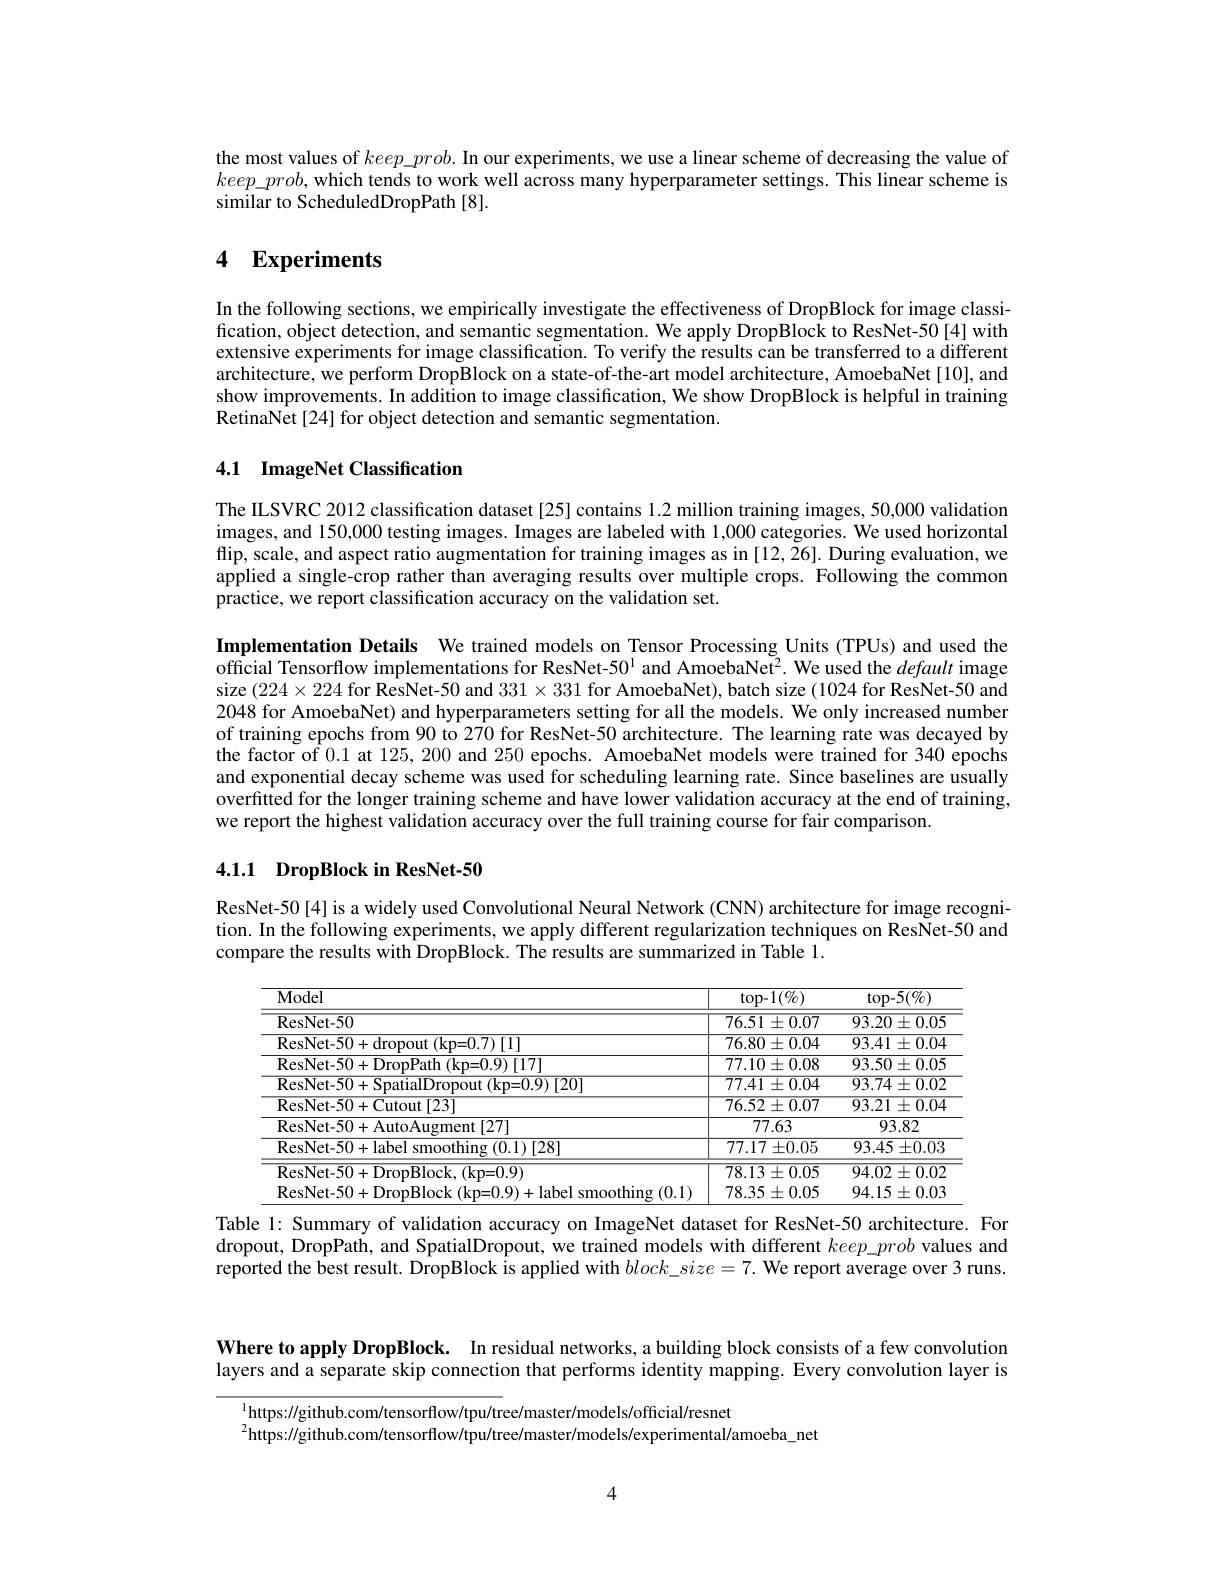
the most values of $keep\_prob.$ In our experiments, we use a linear scheme of decreasing the value of $keep\_prob$, which tends to work well across many hyperparameter settings. This linear scheme is similar to ScheduledDropPath [8].

# 4 $\mathbf{Experiments}$

In the following sections, we empirically investigate the effectiveness of DropBlock for image classification, object detection, and semantic segmentation. We apply DropBlock to ResNet-50[4] with extensive experiments for image classification. To verify the results can be transferred to a different architecture, we perform DropBlock on a state-of-the-art model architecture, AmoebaNet [10], and show improvements. In addition to image classification, We show DropBlock is helpful in training RetinaNet[24] for object detection and semantic segmentation.

## 4.1 ImageNet Classification

The ILSVRC 2012 classification dataset [25] contains 1.2 million training images, 50,000 validation images, and 150,000 testing images. Images are labeled with 1,000 categories. We used horizontal flip, scale, and aspect ratio augmentation for training images as in [12, 26]. During evaluation, we applied a single-crop rather than averaging results over multiple crops. Following the common practice, we report classification accuracy on the validation set.

Implementation Details We trained models on Tensor Processing Units (TPUs) and used the official Tensorflow implementations for ResNet-501 and AmoebaNet? We used the default image size $(224\times224$ for ResNet-50 and $331\times331$ for AmoebaNet), batch size (1024 for ResNet-50 and 2048 for AmoebaNet) and hyperparameters setting for all the models. We only increased number of training epochs from 90 to 270 for ResNet-50 architecture. The learning rate was decayed by the factor of 0.1 at 125,200 and 250 epochs. AmoebaNet models were trained for 340 epochs and exponential decay scheme was used for scheduling learning rate. Since baselines are usually overfitted for the longer training scheme and have lower validation accuracy at the end of training, we report the highest validation accuracy over the full training course for fair comparison.

## 4.1.1 DropBlock in ResNet-50

ResNet-50[4] is a widely used Convolutional Neural Network (CNN) architecture for image recognition. In the following experiments, we apply different regularization techniques on ResNet-50 and compare the results with DropBlock. The results are summarized in Table 1.

<table>
	<tbody>
		<tr>
			<th>Model</th>
			<th>$\operatorname{top-1}(\%)$</th>
			<th>$\operatorname{top-5}(\%)$</th>
		</tr>
		<tr>
			<td>${\mathrm{ResNet-50}}$</td>
			<td>$76.51\pm0.07$</td>
			<td>$93.20\pm0.05$</td>
		</tr>
		<tr>
			<td>[1] $k_{PC}N$ $n=11$</td>
			<td>$76.80\pm0.04$</td>
			<td>$93.41\pm0.04$</td>
		</tr>
		<tr>
			<td>[17] $k_{PC}$ $cn=10$</td>
			<td>$77.10\pm0.08$</td>
			<td>$93.50\pm0.05$</td>
		</tr>
		<tr>
			<td>$ResNet.50.$ $(\mathbf{kp=0.9})[20]$</td>
			<td>$77.41\pm0.04$</td>
			<td>$93.74\pm0.02$</td>
		</tr>
		<tr>
			<td>$R_{\mathrm{PG}}$ Cutout [23] $|at-N|$ 14</td>
			<td>$76.52\pm0.07$</td>
			<td>93.21 1 $\pm0.04$ 1</td>
		</tr>
		<tr>
			<td>[27] $R_{PC}$ ment</td>
			<td>77.63</td>
			<td>93.82</td>
		</tr>
		<tr>
			<td>ResNet- 5( x) 1[28] hina (1)1</td>
			<td>$77.17\pm0.05$</td>
			<td>93.45 $\pm0.03$</td>
		</tr>
		<tr>
			<td>$\overline{(\mathrm{kp=0.9})}$ ResNet- 5 mck</td>
			<td>$78.13\pm0.05$</td>
			<td>94.02 $2\pm0.02$</td>
		</tr>
		<tr>
			<td>1 $r\left(\prod_{i=1}^{\infty}\right)$</td>
			<td>78.35 $\pm0.05$ 1-2</td>
			<td>94.15 $\pm0.03$</td>
		</tr>
	</tbody>
</table>
Table 1: Summary of validation accuracy on ImageNet dataset for ResNet-50 architecture. For

dropout, DropPath, and SpatialDropout, we trained models with different $keep\_prob$ values and reported the best result. DropBlock is applied with $block\_size=7.$ We report average over 3 runs.

Where to apply DropBlock. In residual networks, a building block consists of a few convolution layers and a separate skip connection that performs identity mapping. Every convolution layer is

$^{1}$https://github.com/tensorflow/tpu/tree/master/models/official/resnet
$^{2}$https://github.com/tensorflow/tpu/tree/master/models/experimental/amoeba\_net

4